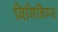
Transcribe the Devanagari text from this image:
बिगिनिंग्स